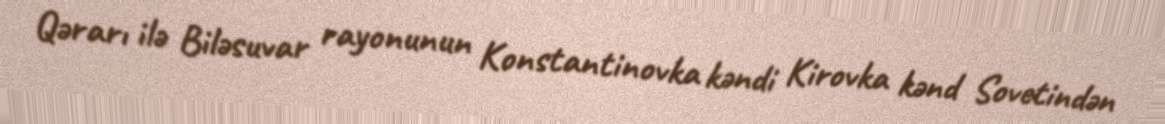
Qərarı ilə Biləsuvar rayonunun Konstantinovka kəndi Kirovka kənd Sovetindən